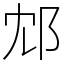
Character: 邥